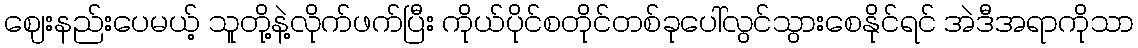
ဈေးနည်းပေမယ့် သူတို့နဲ့လိုက်ဖက်ပြီး ကိုယ်ပိုင်စတိုင်တစ်ခုပေါ်လွင်သွားစေနိုင်ရင် အဲဒီအရာကိုသာ